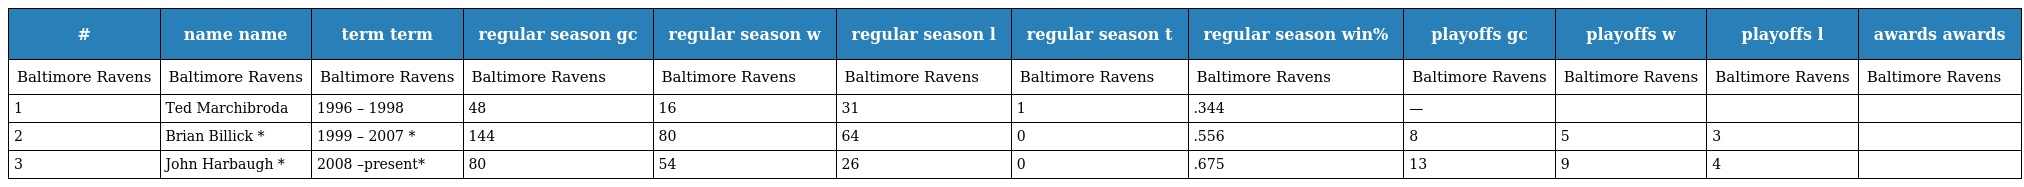
| # | name name | term term | regular season gc | regular season w | regular season l | regular season t | regular season win% | playoffs gc | playoffs w | playoffs l | awards awards |
 | --- | --- | --- | --- | --- | --- | --- | --- | --- | --- | --- | --- |
 | Baltimore Ravens | Baltimore Ravens | Baltimore Ravens | Baltimore Ravens | Baltimore Ravens | Baltimore Ravens | Baltimore Ravens | Baltimore Ravens | Baltimore Ravens | Baltimore Ravens | Baltimore Ravens | Baltimore Ravens |
 | 1 | Ted Marchibroda | 1996 – 1998 | 48 | 16 | 31 | 1 | .344 | — |  |  |  |
 | 2 | Brian Billick * | 1999 – 2007 * | 144 | 80 | 64 | 0 | .556 | 8 | 5 | 3 |  |
 | 3 | John Harbaugh * | 2008 –present* | 80 | 54 | 26 | 0 | .675 | 13 | 9 | 4 |  |